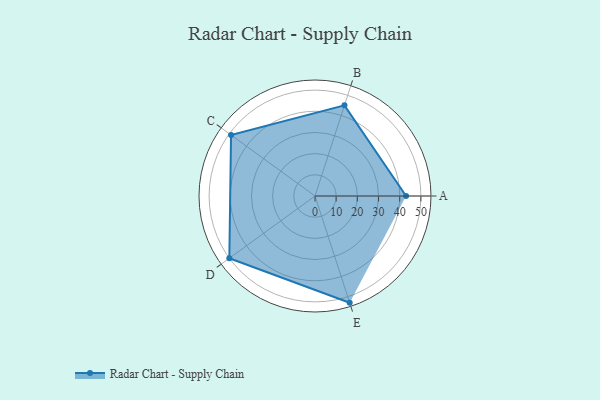
{"axis": {"x": "Skill", "y": "Score"}, "legend": ["Profile"], "data": [{"x": "A", "y": 43.0, "type": "Profile"}, {"x": "B", "y": 45.0, "type": "Profile"}, {"x": "C", "y": 49.0, "type": "Profile"}, {"x": "D", "y": 50.0, "type": "Profile"}, {"x": "E", "y": 53.0, "type": "Profile"}]}